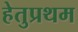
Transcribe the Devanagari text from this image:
हेतुप्रथम